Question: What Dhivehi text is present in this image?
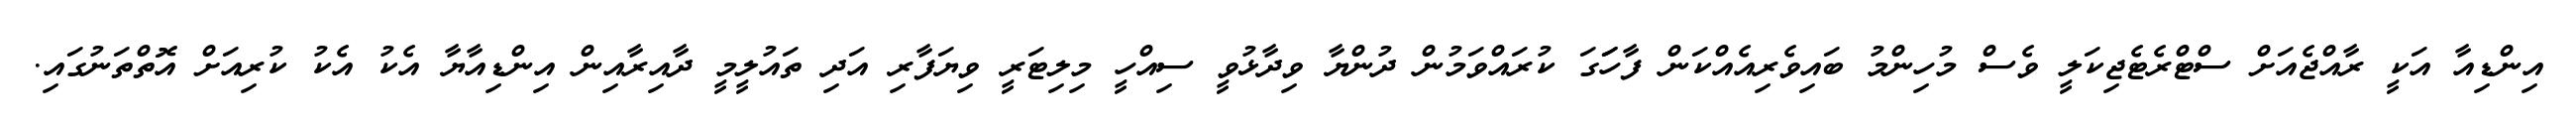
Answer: އިންޑިއާ އަކީ ރާއްޖެއަށް ސްޓްރެޓެޖިކަލީ ވެސް މުހިންމު ބައިވެރިއެއްކަން ފާހަަގަ ކުރައްވަމުން ދުންޔާ ވިދާޅުވީ ސިއްހީ މިލިޓަރީ ވިޔަފާރި އަދި ތައުލީމީ ދާއިރާއިން އިންޑިއާޔާ އެކު އެކު ކުރިއަށް އޮތްތަނުގައި.